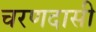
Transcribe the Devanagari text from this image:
चरणदासी